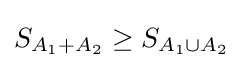
S_{A_{1}+A_{2}}\geq S_{A_{1}\cup A_{2}}